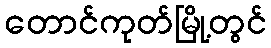
တောင်ကုတ်မြို့တွင်